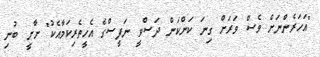
"އަހަރެންނަށް ވެސް ވަރަށް ގިނަ ކަންކަން ދަސްވީ ނަފީސްގެ އެހީތެރިކަމާއެކު" ށާށީ ބުނި